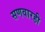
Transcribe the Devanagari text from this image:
सणवारही